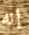
إنه